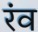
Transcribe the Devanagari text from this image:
रंव